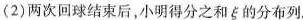
(2)两次回球结束后，小明得分之和ξ的分布列，A